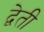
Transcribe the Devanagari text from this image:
द्वेती